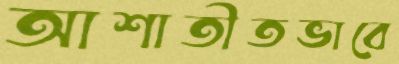
আশাতীতভাবে